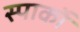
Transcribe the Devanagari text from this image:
स्पार्को